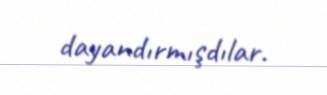
dayandırmışdılar.